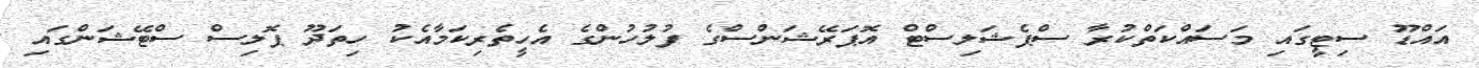
އައްޑޫ ސިޓީގައި މަސައްކަތްކުރާ ސްޕެޝަލިސްޓް އޮޕަރޭޝަންސްގެ ފުލުހުންގެ އެހީތެރިކަމާއެކު ހިތަދޫ ޕޮލިސް ސްޓޭޝަންގައި